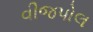
વીજપોલ